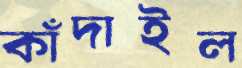
কাঁদাইল